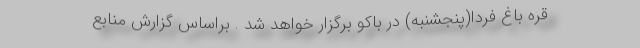
قره باغ فردا(پنجشنبه) در باکو برگزار خواهد شد . براساس گزارش منابع